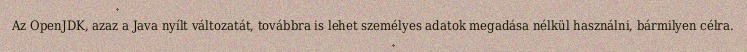
Az OpenJDK, azaz a Java nyílt változatát, továbbra is lehet személyes adatok megadása nélkül használni, bármilyen célra.